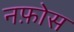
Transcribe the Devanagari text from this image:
नफ़ोस